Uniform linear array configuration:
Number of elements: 64
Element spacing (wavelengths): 0.25
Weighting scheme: binomial
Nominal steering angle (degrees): -45
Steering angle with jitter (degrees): -45.283
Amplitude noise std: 0.05
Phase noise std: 0.05

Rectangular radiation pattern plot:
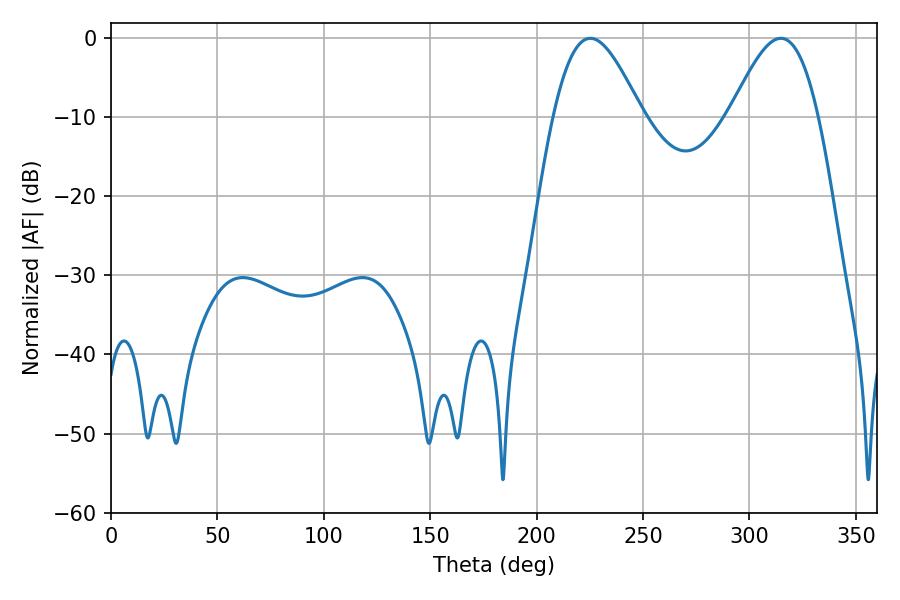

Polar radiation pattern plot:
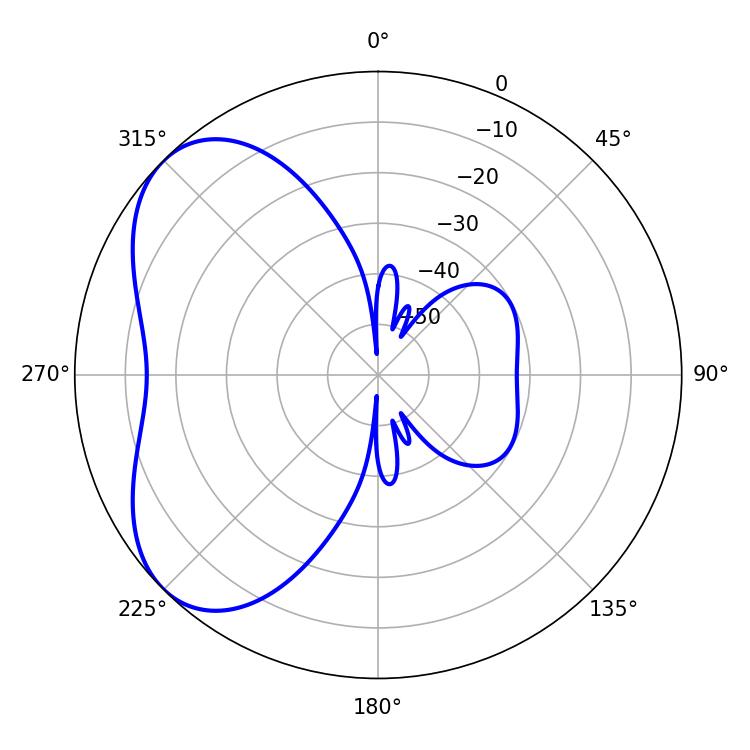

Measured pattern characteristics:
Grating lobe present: FALSE
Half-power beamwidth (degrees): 22.14
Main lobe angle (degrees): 225.18